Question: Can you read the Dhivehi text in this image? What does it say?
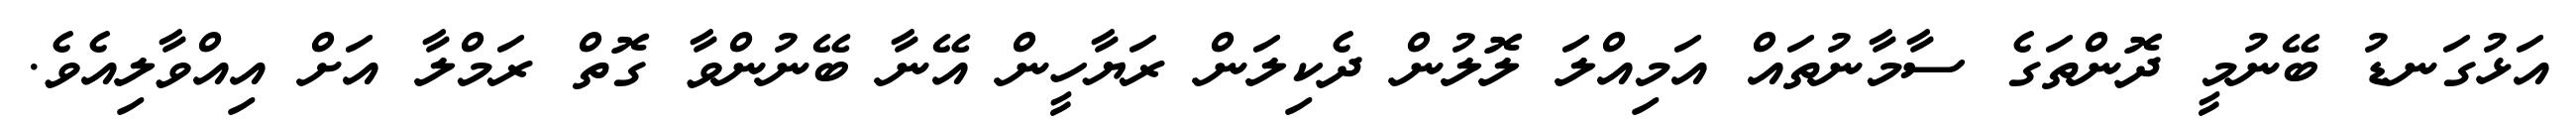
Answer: އަޅުގަނޑު ބޭނުމީ ދޮންތަގެ ސާމާނުތައް އަމިއްލަ ލޮލުން ދެކިލަން ރަޔާހީން އޭނާ ބޭނުންވާ ގޮތް ރަމްލާ އަށް އިއްވާލިއެވެ.